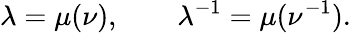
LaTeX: \lambda=\mu(\nu),\qquad\lambda^{-1}=\mu(\nu^{-1}).